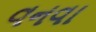
વનવા